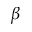
\beta